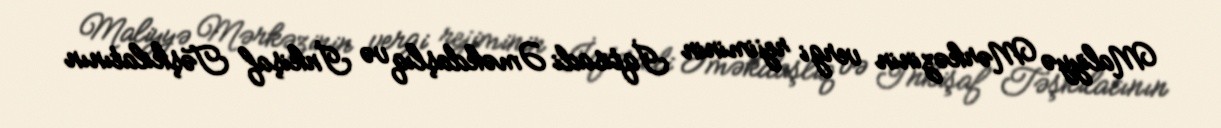
Maliyyə Mərkəzinin vergi rejiminin İqtisadi Əməkdaşlıq və İnkişaf Təşkilatının